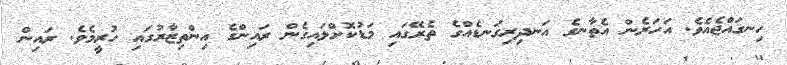
ހިނގައްޖެއެވެ. އަހަރެން އެތާނގެ އަނދިރިގަނޑެއްގެ ތެރޭގައި މަޑުކޮށްލައިގެން ރައިންގެ އިންތިޒާރުގައި ހުރީމެވެ. ރައިން